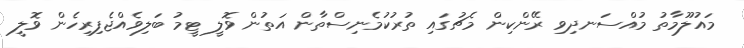
މައުލޫމާތު މުއްސަނދިވި ރޭންކިން މެޗުގައި ތުރުކުމެނިސްތާން އަތުން ވޮލީ ޓީމު ބަލިވެއްޖެފިރިހެން ވޮލީ